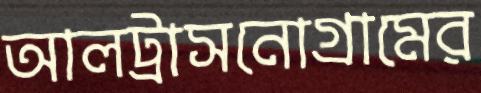
আলট্রাসনোগ্রামের